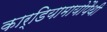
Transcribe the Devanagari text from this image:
कार्डियामायोपैथी